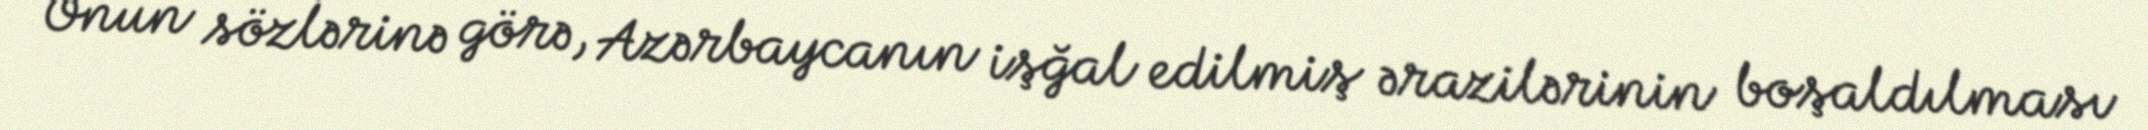
Onun sözlərinə görə, Azərbaycanın işğal edilmiş ərazilərinin boşaldılması